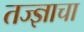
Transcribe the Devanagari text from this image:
तज्‍ज्ञाचा